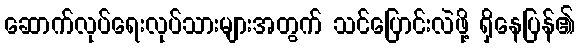
ဆောက်လုပ်ရေးလုပ်သားများအတွက် သင်ပြောင်းလဲဖို့ ရှိနေပြန်၏